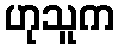
ဟုသူက